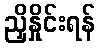
ညှိနှိုင်းရန်